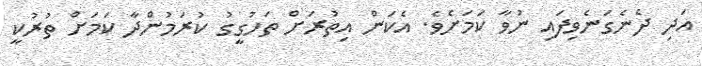
އަދި ދެނެގަނެވިފައި ނުވާ ކަމަށެވެ. އެކަން އިތުރަށް ތަހުގީގު ކުރަމުންދާ ކަމަށް ތުރުކީ